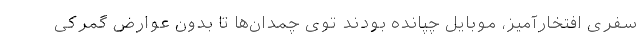
سفری افتخارآمیز، موبایل چپانده بودند توی چمدان‌ها تا بدون عوارض گمرکی